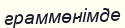
граммөнімде